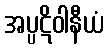
အပ္ပဋိဝါနီယံ